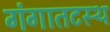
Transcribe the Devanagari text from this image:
गंगातटस्थ